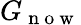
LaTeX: G_{\mathrm{~n~o~w~}}